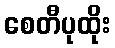
စေတီပုထိုး